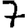
Digit: 7